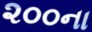
૨૦૦ના